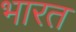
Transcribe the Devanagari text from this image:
भारत